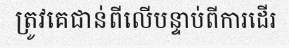
ត្រូវគេជាន់ពីលើបន្ទាប់ពីការដើរ